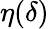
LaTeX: \eta(\delta)